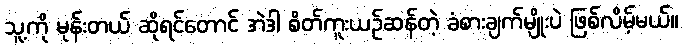
သူ့ကို မုန်းတယ် ဆိုရင်တောင် အဲဒါ စိတ်ကူးယဉ်ဆန်တဲ့ ခံစားချက်မျိုးပဲ ဖြစ်လိမ့်မယ်။